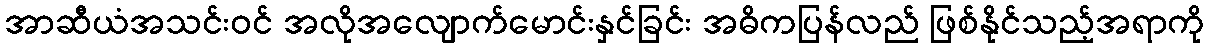
အာဆီယံအသင်းဝင် အလိုအလျောက်မောင်းနှင်ခြင်း အဓိကပြန်လည် ဖြစ်နိုင်သည့်အရာကို